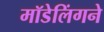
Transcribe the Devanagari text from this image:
मॉडेलिंगने